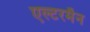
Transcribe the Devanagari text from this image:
एल्टरमैन